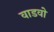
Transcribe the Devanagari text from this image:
वाडवो